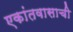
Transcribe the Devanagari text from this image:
एकांतवासाची